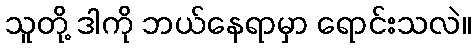
သူတို့ ဒါကို ဘယ်နေရာမှာ ရောင်းသလဲ။